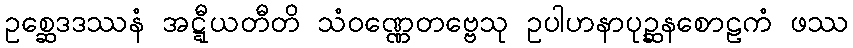
ဥစ္ဆေဒဒဿနံ အဋ္ဋီယတီတိ သံဝဏ္ဏေတဗ္ဗေသု ဥပါဟနာပုဉ္ဆနစောဠကံ ဖဿ